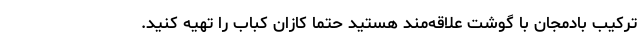
ترکیب بادمجان با گوشت علاقه‌مند هستید حتما کازان کباب را تهیه کنید.